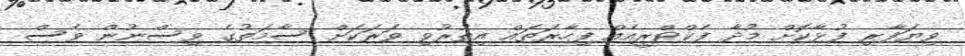
ވިޔަފާރި ފުޅާކޮށް މުދާ ފެކްޓްރީއެއް ފިހާރަތައް އިތުރުވި ވަރަކަށް ސާމަތުގެ ވިސްނުން ވެސް